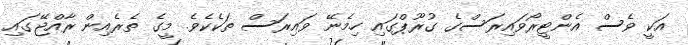
އަކީ ވެސް އެންޓީރޯވައިރަސްގެ ގުރޫޕްގައި ހިމެނޭ ވައިރަސް ތަކެކެވެ. މީގެ ތެރެއިން ރާއްޖޭގައި